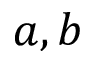
a , b